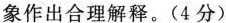
象作出合理解释。(4分)